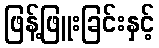
ဖြန့်ဖြူးခြင်းနှင့်